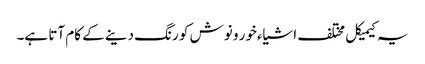
یہ کیمیکل مختلف اشیاءخور و نوش کو رنگ دینے کے کام آتا ہے۔